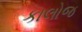
કાલોજ